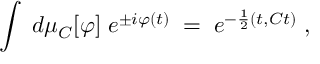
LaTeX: \int \; d \mu _ { C } [ \varphi ] \; e ^ { \pm i \varphi ( t ) } \; = \; e ^ { - \frac { 1 } { 2 } ( t , C t ) } \; ,